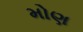
મોણ